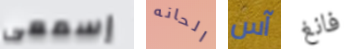
إسمعى الحانه آس فانغ